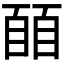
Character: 𬛭